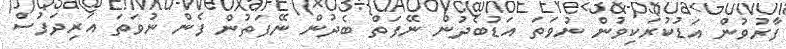
ފާރުވުން އަޑުކުރަކިވުން ނުވަތަ އަޑުބެދުން ނޭފަތް ބެދުން ނޭފަތުން ފެން ނުވަތަ އަރިދަފުސް